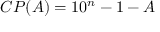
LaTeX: C P ( A ) = 1 0 ^ { n } - 1 - A